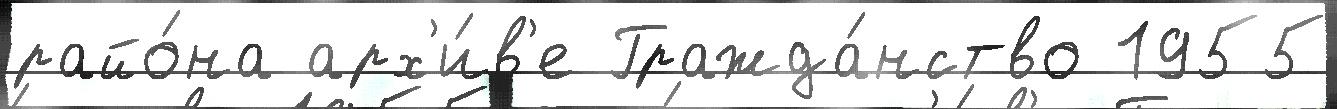
райо́на арх'и́в'е Гражда́нство 1955